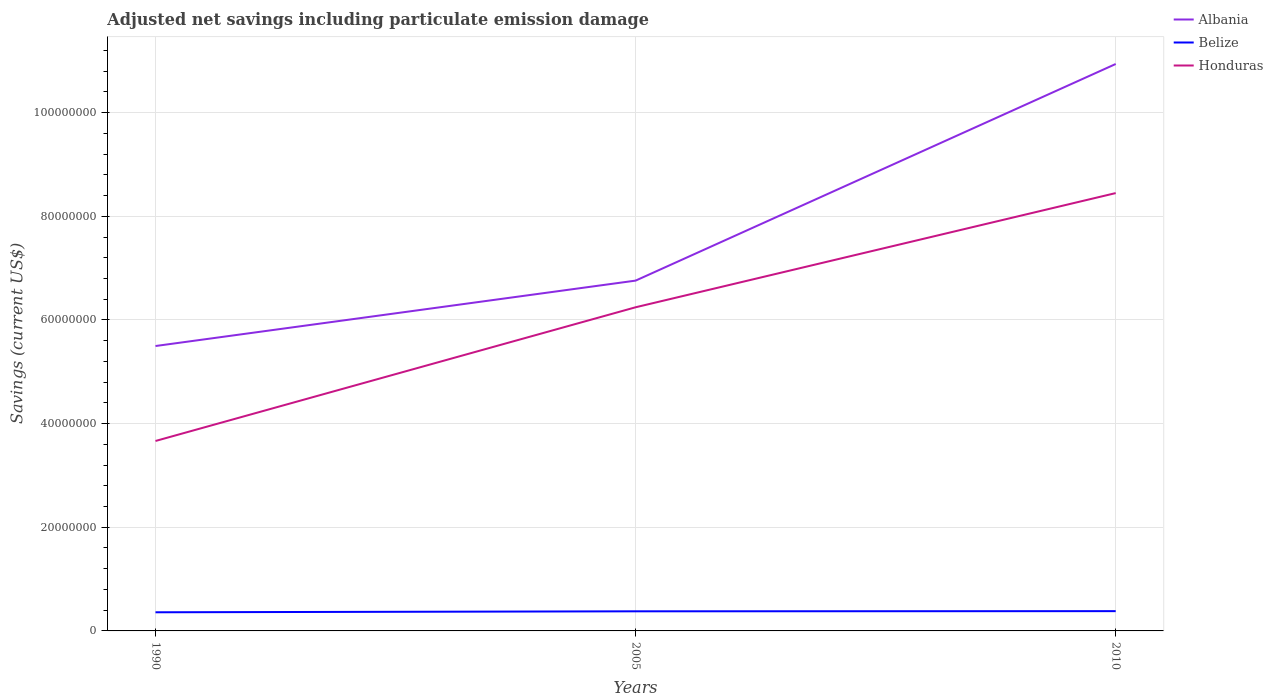
| Years | Albania | Belize | Honduras |
 | --- | --- | --- | --- |
 | 1990 | 5.5e+07 | 3.6e+06 | 3.66e+07 |
 | 2005 | 6.76e+07 | 3.78e+06 | 6.24e+07 |
 | 2010 | 1.09e+08 | 3.82e+06 | 8.45e+07 |